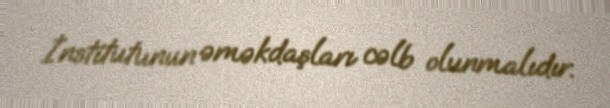
İnstitutunun əməkdaşları cəlb olunmalıdır.